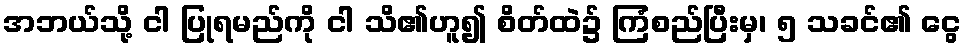
အဘယ်သို့ ငါ ပြုရမည်ကို ငါ သိ၏ဟူ၍ စိတ်ထဲ၌ ကြံစည်ပြီးမှ၊ ၅ သခင်၏ ငွေ